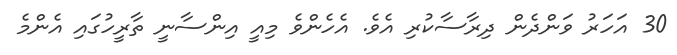
30 އަހަރު ވަންދެން ދިރާސާކުރި އެވެ. އެހެންވެ މިއީ އިންސާނީ ތާރީހުގައި އެންމެ